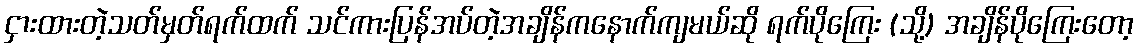
ငှားထားတဲ့သတ်မှတ်ရက်ထက် သင်ကားပြန်အပ်တဲ့အချိန်ကနောက်ကျမယ်ဆို ရက်ပိုကြေး (သို့) အချိန်ပိုကြေးတော့